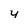
Character: y